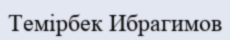
Темірбек Ибрагимов